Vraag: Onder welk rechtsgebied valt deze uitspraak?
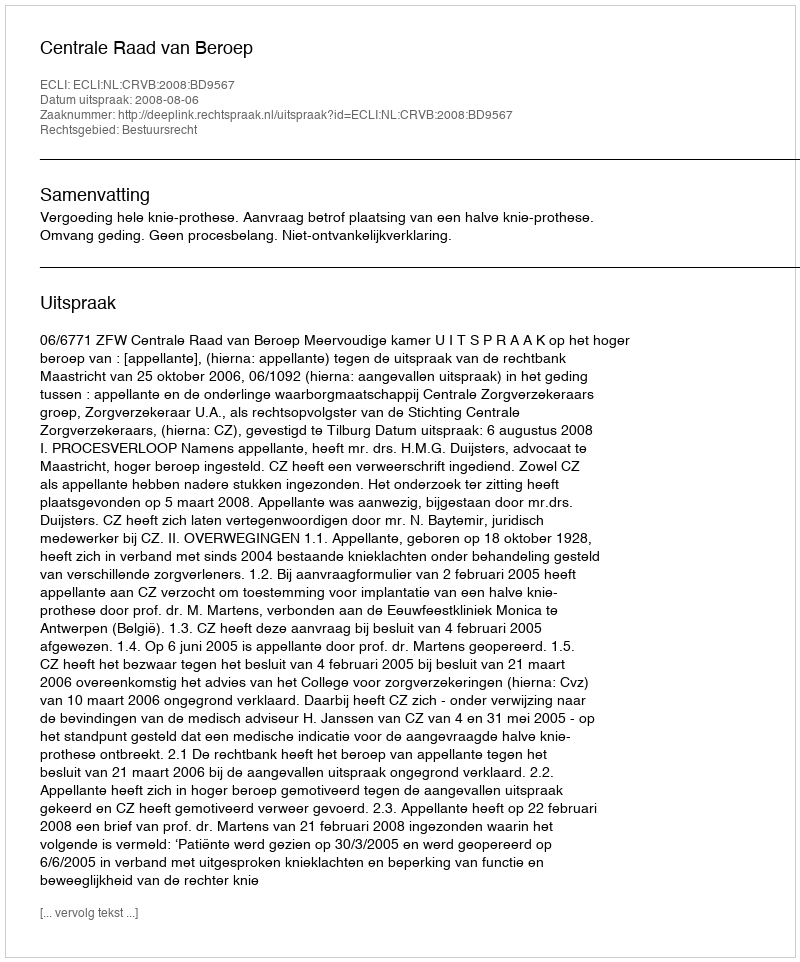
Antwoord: Bestuursrecht